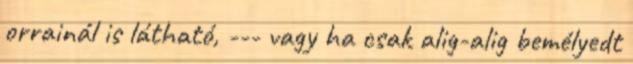
orrainál is látható, --- vagy ha csak alig-alig bemélyedt